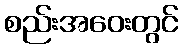
စည်းအဝေးတွင်